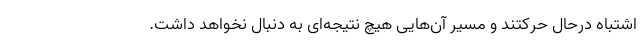
اشتباه درحال حرکتند و مسیر آن‌هایی هیچ نتیجه‌ای به دنبال نخواهد داشت.